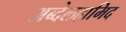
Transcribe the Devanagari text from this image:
अब्देलहामिद